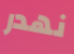
نهدر